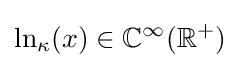
\ln _{\kappa }(x)\in \mathbb {C} ^{\infty }(\mathbb {R} ^{+})